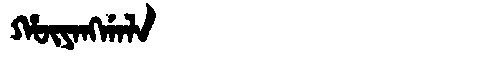
Manchu: ᡥᡡᠶᠠᠩᡤᠠᠯᠠ
Romanization: HŪYANGGALA